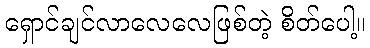
ရှောင်ချင်လာလေလေဖြစ်တဲ့ စိတ်ပေါ့။